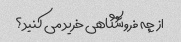
از چه فروشگاهی خرید می کنید؟